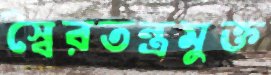
স্বৈরতন্ত্রমুক্ত